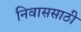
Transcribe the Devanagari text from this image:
निवाससाठी